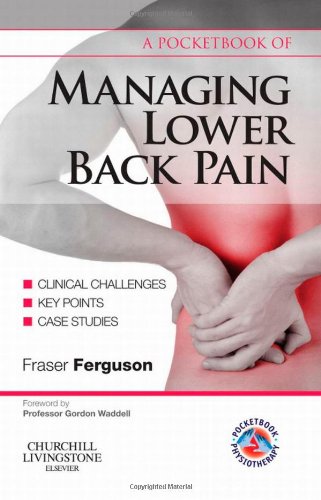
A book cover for A Pocketbook of Managing Lower Back Pain, 1e (Physiotherapy Pocketbooks); Fraser Ferguson MPhil  BSc  MCSP SRP; Health, Fitness & Dieting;